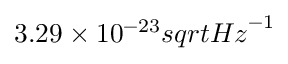
3 . 2 9 \times 1 0 ^ { - 2 3 } s q r t { H z } ^ { - 1 }